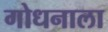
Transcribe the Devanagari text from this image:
गोधनाला